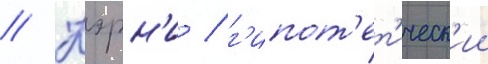
// Кэрн'и / г'ипот'ет'ическ'ии